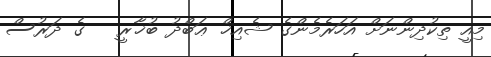
މިއީ ތިކުދިންނަށް އަހަރެމެންގެ ޝެއިޚް ޢަބްދު ބުޚާރީ   ގެ ދަރުސް